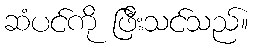
ဆံပင်ကို ဖြီးသင်သည်။